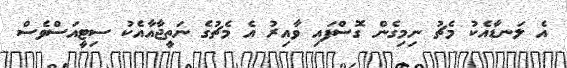
އެ ލަނޑާއެކު މެޗު ނިމިގެން ގޮސްފައި ވާއިރު އެ މެޗުގެ ނަތީޖާއާއެކު ސިޓީއަސްވެސް